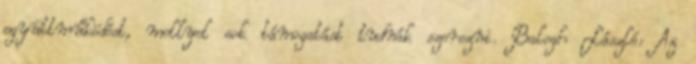
együttműködést, mellyel sok támogatást tudnák szerezni. Balogh László: Az